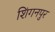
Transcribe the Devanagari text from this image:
शिंगनपुर